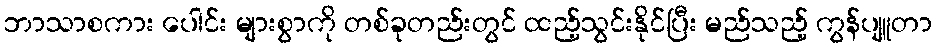
ဘာသာစကား ပေါင်း များစွာကို တစ်ခုတည်းတွင် ထည့်သွင်းနိုင်ပြီး မည်သည့် ကွန်ပျူတာ